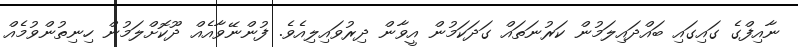
ނާއިފްގެ ގައިގައި ބައްދައިލަމުން ކަރުނަތައް ގަދަކަމުން އީވާން ދިރުވައިލިއެވެ. ފުންނޭވާއެއް ދޫކޮށްލަމުން ހިނިތުންވުމެއް